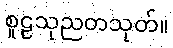
စူဠသုညတသုတ်။